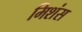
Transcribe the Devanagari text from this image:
मिशंस